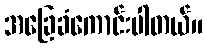
အခြေခံကောင်းပါတယ်။